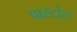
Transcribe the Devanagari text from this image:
पास्टोर